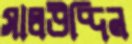
সালউদ্দিন